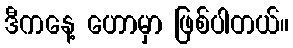
ဒီကနေ့ ဟောမှာ ဖြစ်ပါတယ်။